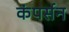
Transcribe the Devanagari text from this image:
कंपर्सन